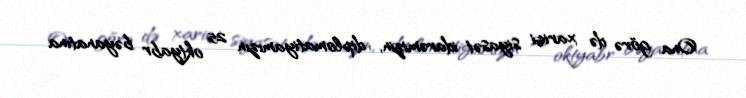
Ona görə də xarici siyasət idarəmizin, diplomatiyamızın 25 oktyabr bəyanatına